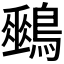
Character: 𪅈